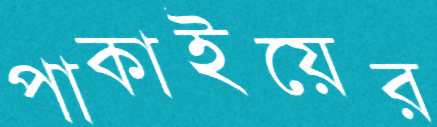
পাকাইয়ের